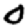
Digit: 0